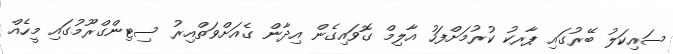
ސައިކަލު ބޭރުގައި ޕާރކު ކުރުމަށްފަހު އާލިމް ގޮވައިގެން އިދާން ގެއަށްވަތްއިރު ސިޓިންގްރޫމުގައި މީހެއް